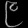
Digit: ၉